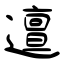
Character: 邅